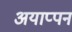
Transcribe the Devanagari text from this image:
अयाप्पन